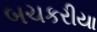
બચકરીયા